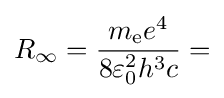
R_{\infty }={\frac {m_{\text{e}}e^{4}}{8\varepsilon _{0}^{2}h^{3}c}}=